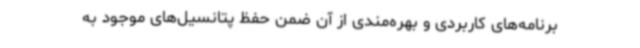
برنامه‌های کاربردی و بهره‌مندی از آن ضمن حفظ پتانسیل‌های موجود به